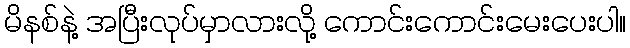
မိနစ်နဲ့ အပြီးလုပ်မှာလားလို့ ကောင်းကောင်းမေးပေးပါ။